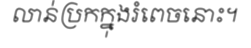
លាន់ប្រកក្នុងរំពេចនោះ។